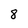
Character: 8